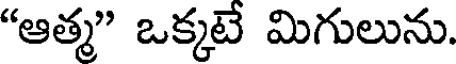
"ఆత్మ" ఒక్కటే మిగులును.